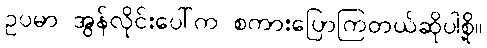
ဥပမာ အွန်လိုင်းပေါ်က စကားပြောကြတယ်ဆိုပါစို့။